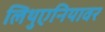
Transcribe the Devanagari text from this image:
लिथुएनियावर